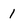
Character: l